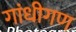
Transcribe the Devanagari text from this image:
गांधीगण